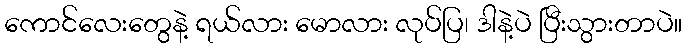
ကောင်လေးတွေနဲ့ ရယ်လား မောလား လုပ်ပြ၊ ဒါနဲ့ပဲ ပြီးသွားတာပဲ။